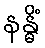
နန္ဓိံ